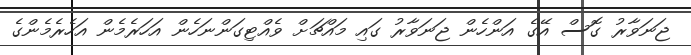
ޖަނަވާރު ގޮސް އޭގެ އަންހެން ޖަނަވާރު ގައި މައްޗަށް ވެއްޓިގަންނަހެން އަހަރެމެން އަހެރެމެންގެ